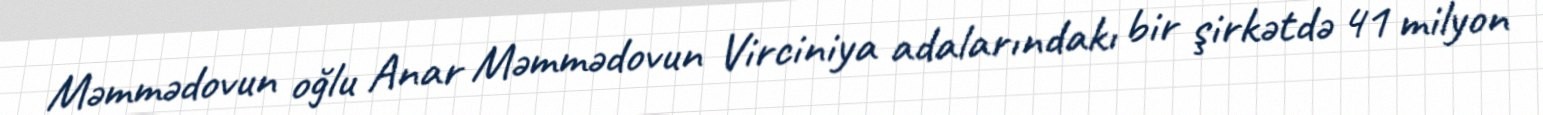
Məmmədovun oğlu Anar Məmmədovun Virciniya adalarındakı bir şirkətdə 41 milyon